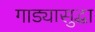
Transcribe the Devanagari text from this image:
गाड्यासुद्धा